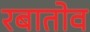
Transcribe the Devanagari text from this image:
रबातोव